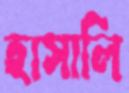
হাসালি